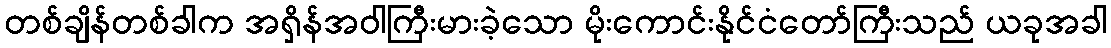
တစ်ချိန်တစ်ခါက အရှိန်အဝါကြီးမားခဲ့သော မိုးကောင်းနိုင်ငံတော်ကြီးသည် ယခုအခါ